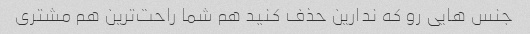
جنس هایی رو که ندارین حذف کنید هم شما راحت‌ترین هم مشتری